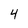
Character: 4